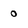
Character: 0